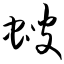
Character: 螋